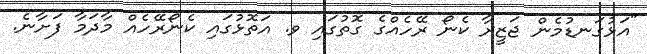
"އަޅުގަނޑުމެން ޖަޒީރާ ކެނޯ ރޭހެއްގެ ގޮތުގައި ވ. އަތޮޅުގައި ކެނޯރޭހެއް މާދަމާ ފަށާނެ.